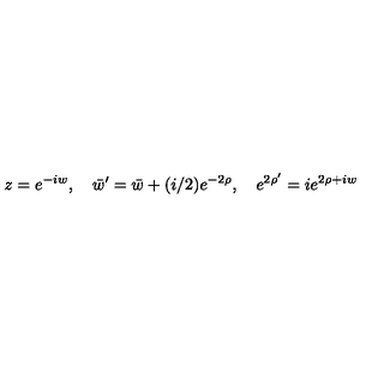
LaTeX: z = e ^ { - i w } , \quad \bar { w } ^ { \prime } = \bar { w } + ( i / 2 ) e ^ { - 2 \rho } , \quad e ^ { 2 \rho ^ { \prime } } = i e ^ { 2 \rho + i w }